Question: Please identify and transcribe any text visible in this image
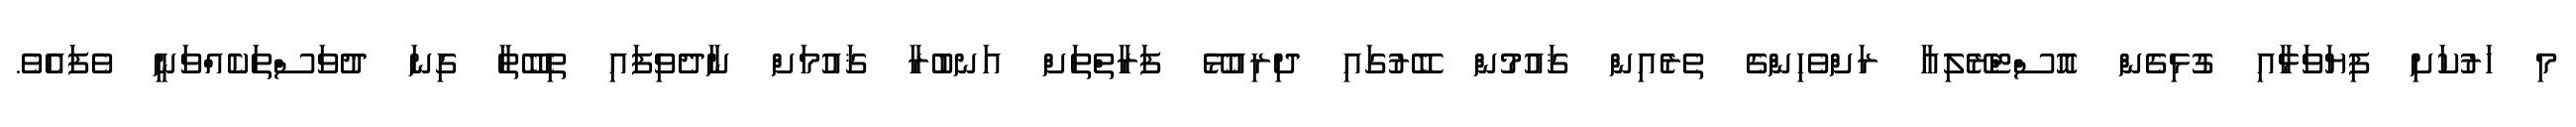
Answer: މި ހަރުކަށި ފިޔަވަޅާއި ގުޅިގެން އޮސްޓްރޭލިއާ ރަށްވެހިންގެ ތެރެއިން ޤައުމުން ބޭރުގައި ދިރިއުޅޭ ފަރާތްތަށް އަނބުރާ ޤައުމަށް ނާދެވިފައި ތިބޭތާ ގިނަ ދުވަސްތަކެއްވަނީ ވެފައެވެ.